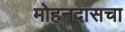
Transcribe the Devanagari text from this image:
मोहनदासचा